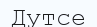
Дутсе